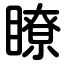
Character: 瞭